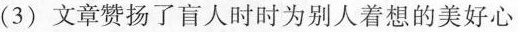
(3)文章赞扬了官人时时为别人着想的美好心